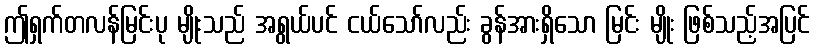
ဤရှက်တလန်မြင်းပု မျိုးသည် အရွယ်ပင် ငယ်သော်လည်း ခွန်အားရှိသော မြင်း မျိုး ဖြစ်သည့်အပြင်